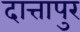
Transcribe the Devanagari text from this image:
दात्तापुर